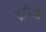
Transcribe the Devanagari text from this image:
ट्रहीयो